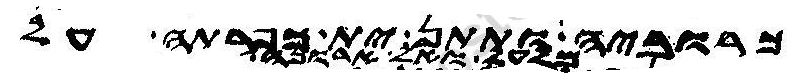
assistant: כרוביה ותתן ית כפרתה על